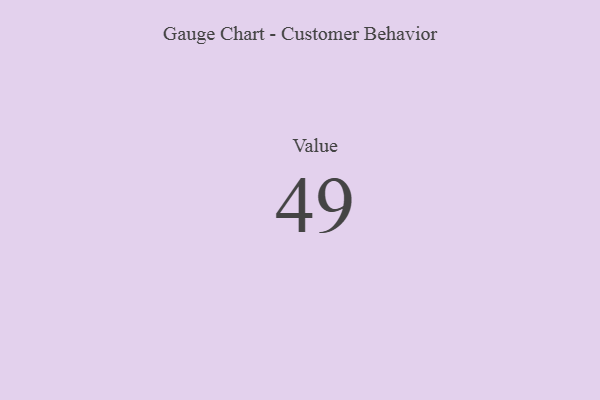
{"axis": {"x": "Metric", "y": "Value"}, "legend": [""], "data": [{"x": "Value", "y": 49, "type": ""}]}